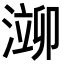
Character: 𬈢